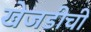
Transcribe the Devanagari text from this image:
खेजडीची